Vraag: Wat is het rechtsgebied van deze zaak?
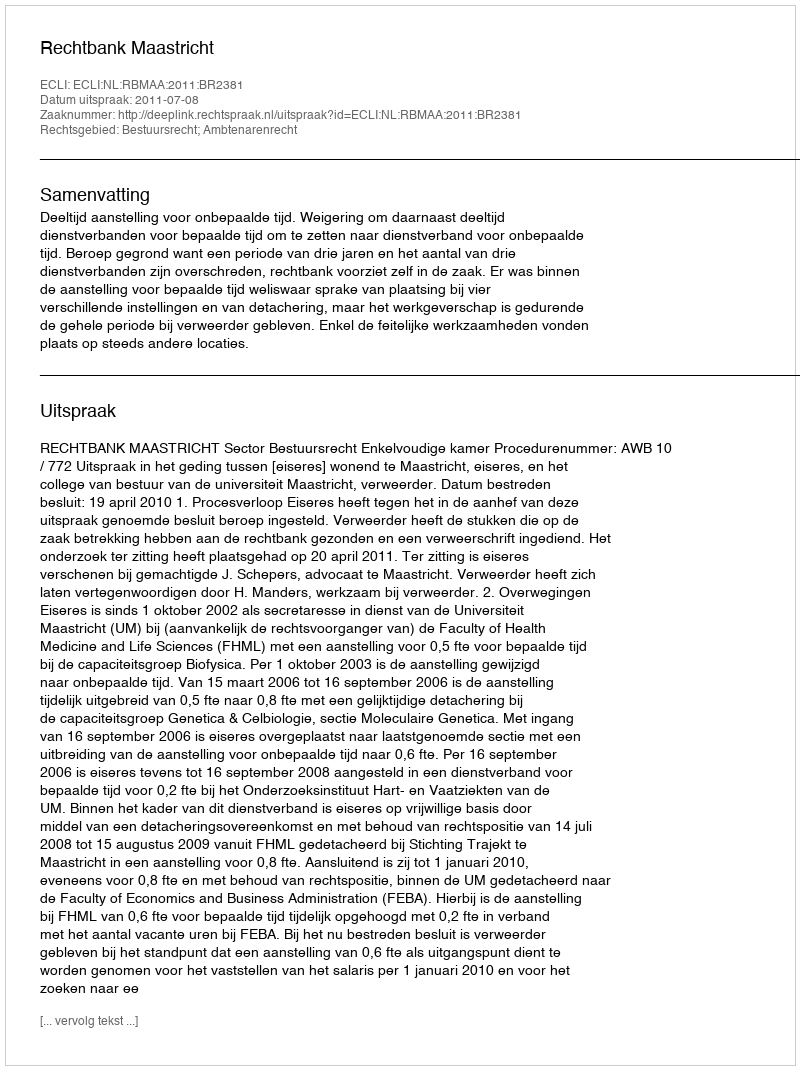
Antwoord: Bestuursrecht; Ambtenarenrecht